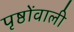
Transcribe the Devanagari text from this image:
पृष्ठोंवाली